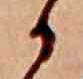
か